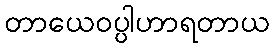
တာယေဝပ္ပါဟာရတာယ